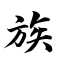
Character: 族